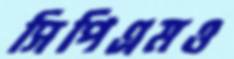
সিপিএমও